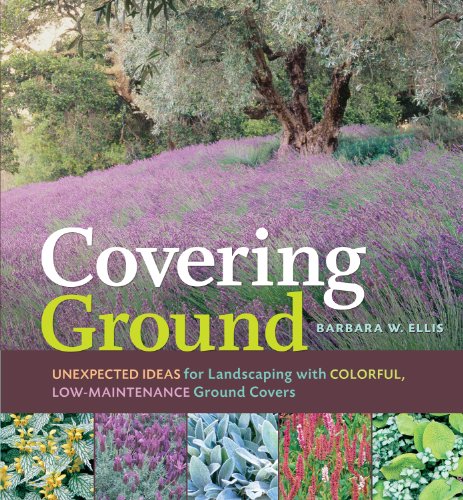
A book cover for Covering Ground; Barbara W. Ellis; Crafts, Hobbies & Home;